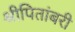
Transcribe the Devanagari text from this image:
श्रीपितांबरी